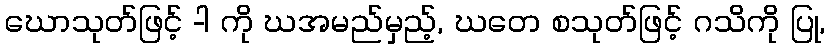
ဃောသုတ်ဖြင့် -ါ ကို ဃအမည်မှည့်, ဃတေ စသုတ်ဖြင့် ဂသိကို ပြု,